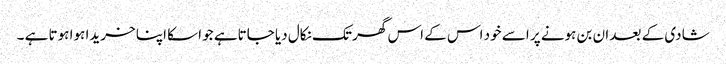
شادی کے بعد ان بن ہونے پر اسے خود اس کے اس گھر تک نکال دیا جاتاہے جو اسکا اپنا خریدا ہوا ہوتا ہے ۔